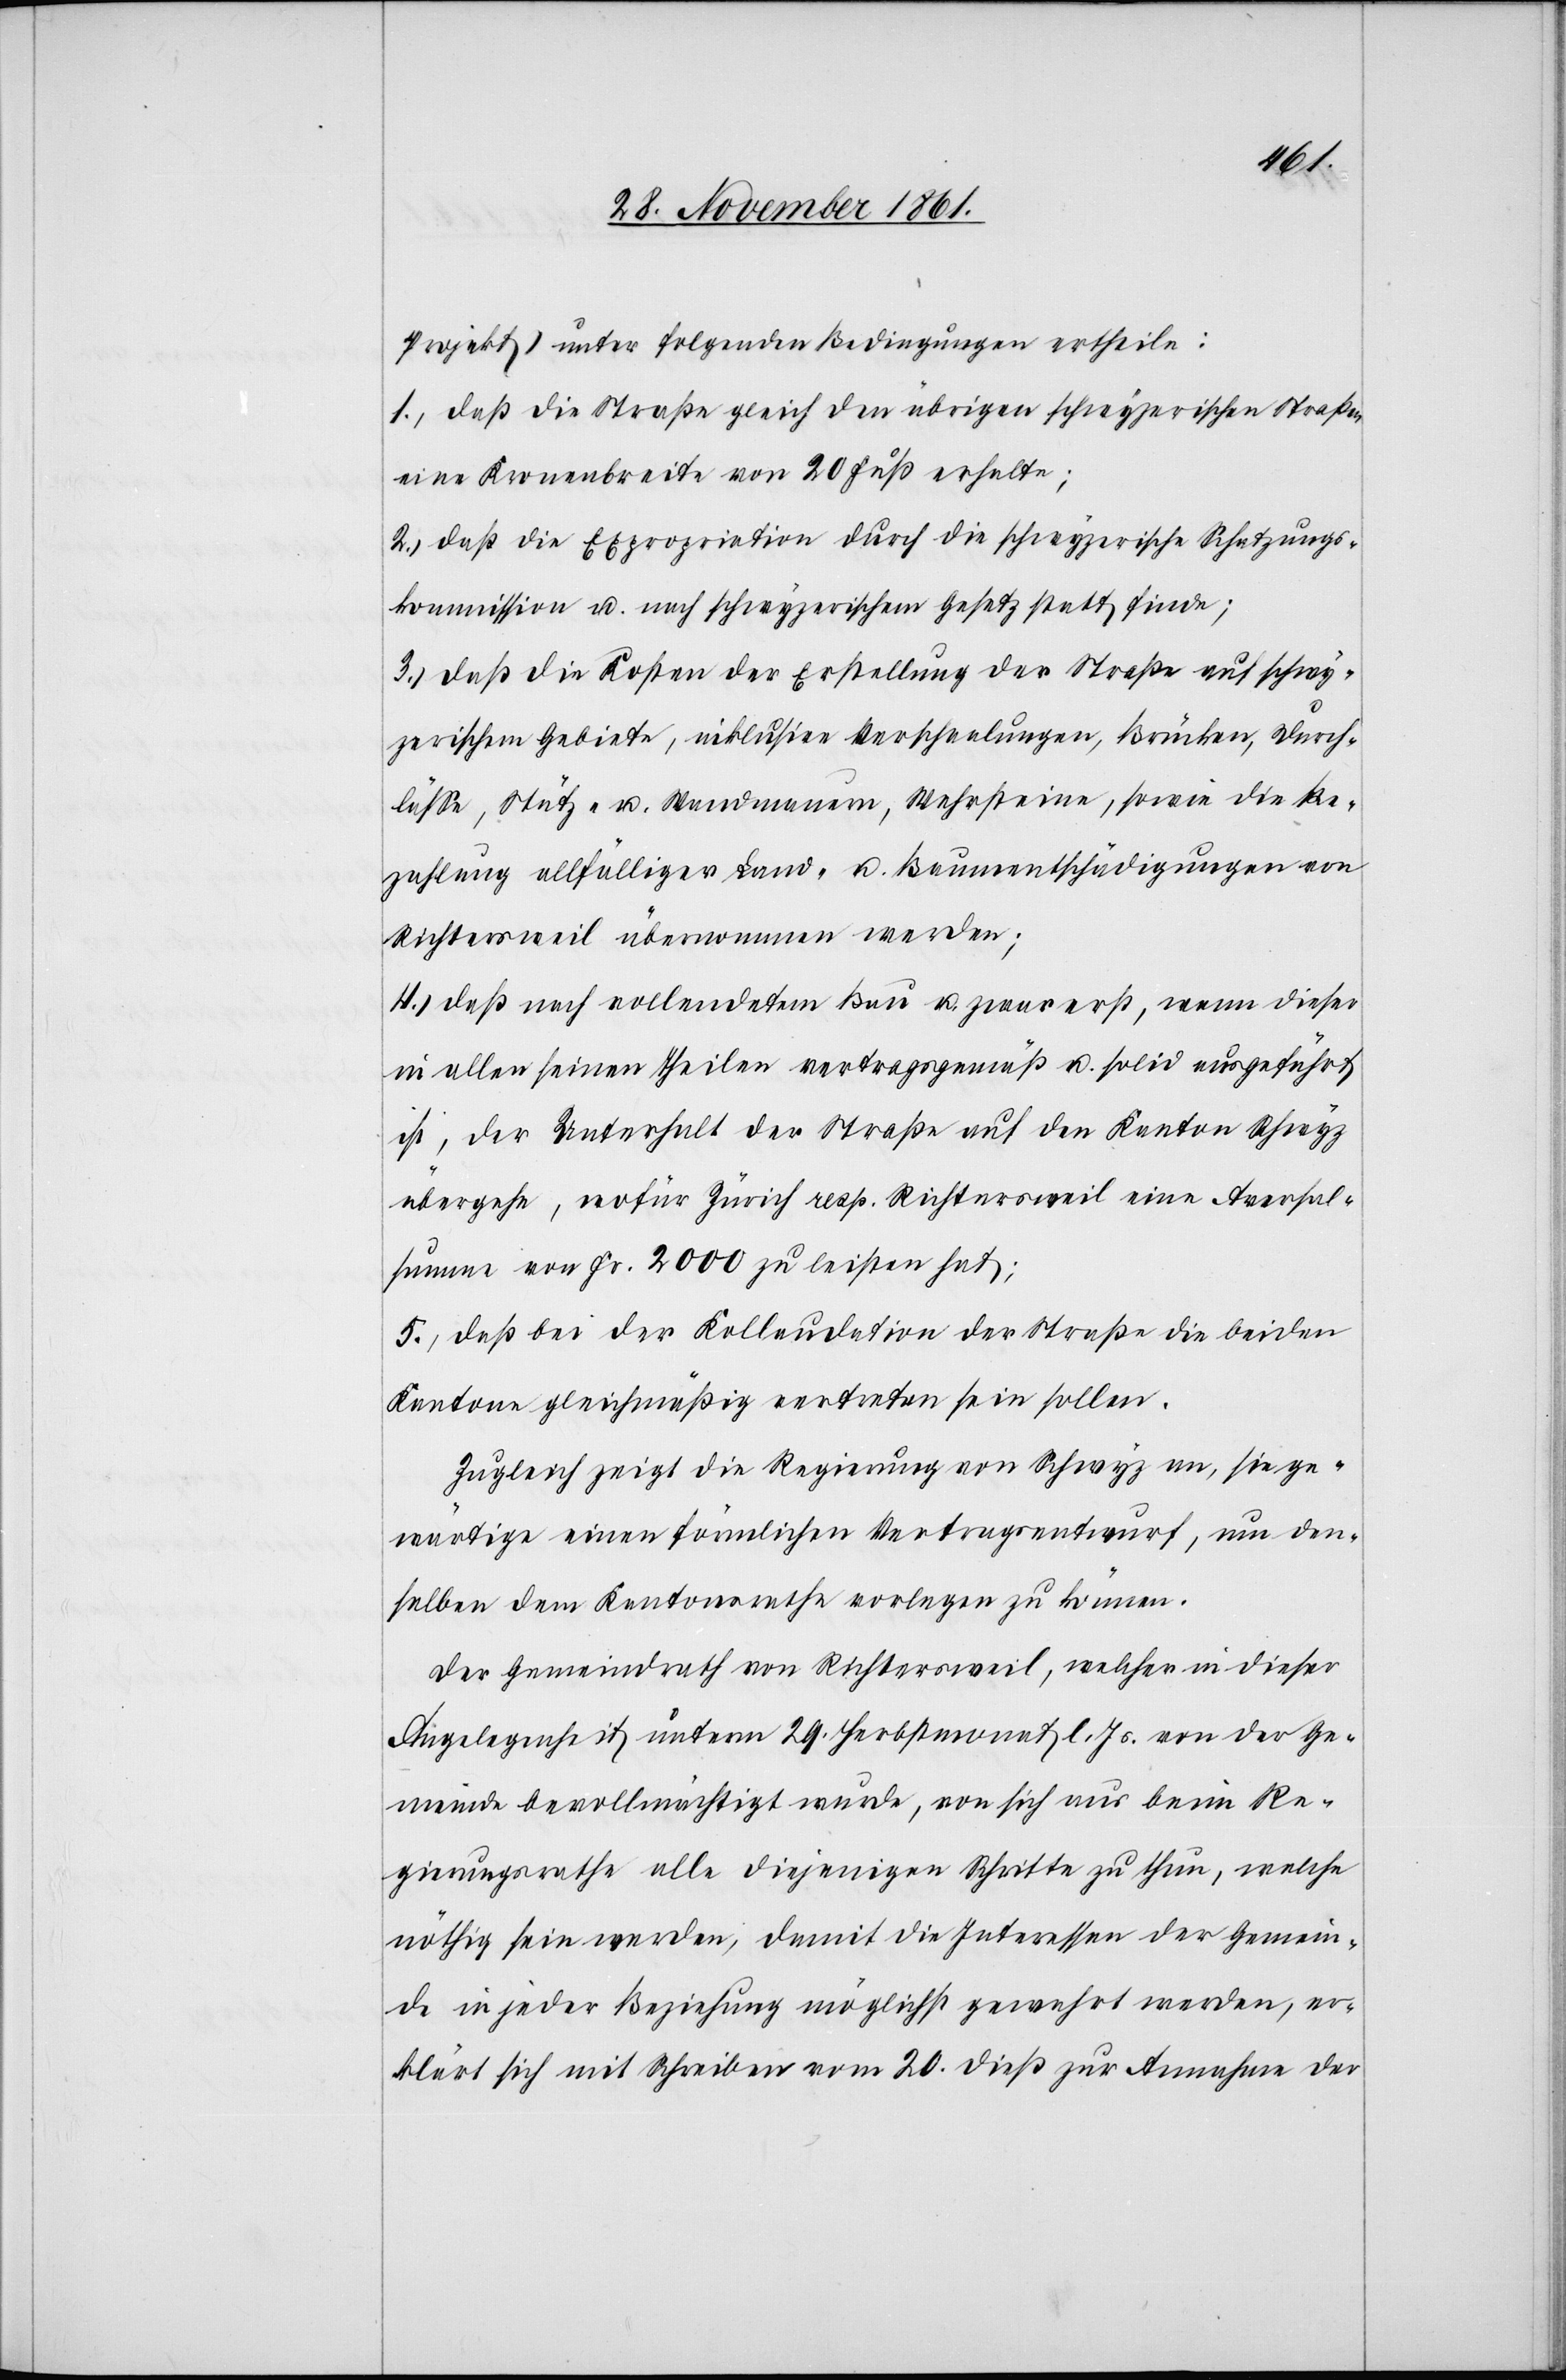
Projekt) unter folgenden Bedingungen ertheile:
1., daß die Straße gleich den übrigen schwyzerischen Straßen
eine Kronenbreite von 20 Fuß erhalte;
2., daß die Expropriation durch die schwyzerische Schatzungs¬
kommission u. nach schwyzerischem Gesetz statt finde;
3., daß die Kosten der Erstellung der Straße auf schwy¬
zerischem Gebiete, inklusive Verschaalungen, Brücken, Durch¬
läße, Stütz- u. Wandmauern, Wehrsteine, sowie die Be¬
zahlung allfälliger Land- u. Bauentschädigungen von
Richtersweil übernommen werden;
4., daß nach vollendetem Bau u. zwar erst, wenn dieser
in allen seinen Theilen vertragsgemäß u. solid ausgeführt
ist, der Unterhalt der Straße auf den Kanton Schwyz
übergehe, wofür Zürich resp. Richtersweil eine Aversal¬
summe von Fr. 2000 zu leisten hat;
5,. daß bei der Kollaudation der Straße die beiden
Kantone gleichmäßig vertreten sein sollen.
Zugleich zeigt die Regierung von Schwyz an, sie ge¬
wärtige einen förmlichen Vertragsentwurf, um den¬
selben dem Kantonsrathe vorlegen zu können.
Der Gemeindrath von Richtersweil, welcher in dieser
Angelegenheit unterm 29 Herbstmonat l. Js. von der Ge¬
meinde bevollmächtigt wurde, von sich aus beim Re¬
gierungsrathe alle diejenigen Schritte zu thun, welche
nöthig sein werden, damit die Interessen der Gemein¬
de in jeder Beziehung möglichst gewahrt werden, er¬
klärt sich mit Schreiben vom 20 dieß zur Annahme der